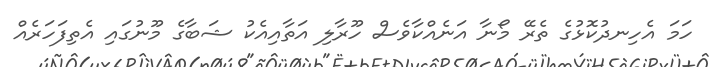
ހަމަ އެހިނދުކޮޅުގެ ތެރޭ މޯނާ އަނެއްކާވެސް ހޫރާލި އަތާއިއެކު ޝަބާގެ މޫނުގައި އެތިފަހަރެއް